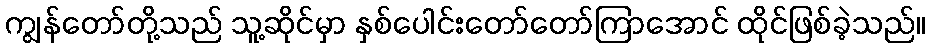
ကျွန်တော်တို့သည် သူ့ဆိုင်မှာ နှစ်ပေါင်းတော်တော်ကြာအောင် ထိုင်ဖြစ်ခဲ့သည်။